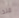
منذ